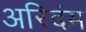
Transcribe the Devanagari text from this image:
अरिदंम